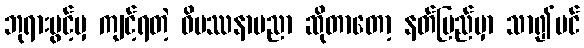
ဘုရားပွင့်မှ ကျင့်ရတဲ့ ဝိပဿနာပညာ ဆိုတာတော့ နတ်ပြည်မှာ သာ၍ပင်